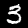
Label: 3